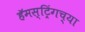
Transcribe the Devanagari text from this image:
हॅमस्ट्रिंगच्या